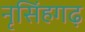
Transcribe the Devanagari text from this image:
नृसिंहगढ़